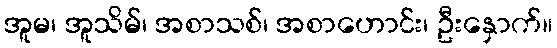
အူမ၊ အူသိမ်၊ အစာသစ်၊ အစာဟောင်း၊ ဦးနှောက်။